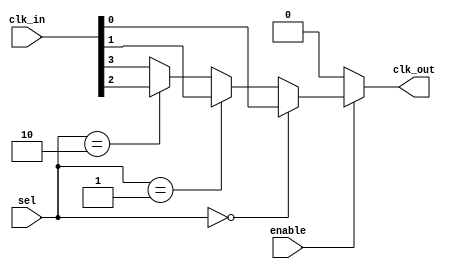
module CMUX_Buffer (
    input wire [3:0] clk_in,       // Multiple clock inputs (CLK0, CLK1, CLK2, CLK3)
    input wire [1:0] sel,          // 2-bit selection signal for choosing clock input
    input wire enable,              // Enable signal to control clock output
    output wire clk_out             // Clock output to memory blocks
);

    wire selected_clk;              // Wire to hold the selected clock input
    
    // Clock selection logic
    assign selected_clk = (sel == 2'b00) ? clk_in[0] : // CLK0
                          (sel == 2'b01) ? clk_in[1] : // CLK1
                          (sel == 2'b10) ? clk_in[2] : // CLK2
                          clk_in[3];                   // CLK3

    // Buffering and enabling the selected clock
    assign clk_out = enable ? selected_clk : 1'b0; // Output selected clock if enabled, else 0

endmodule